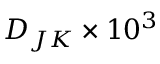
D _ { J K } \times 1 0 ^ { 3 }